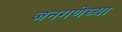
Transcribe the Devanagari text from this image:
जनगणेच्या